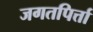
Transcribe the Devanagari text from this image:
जगतपिर्त्ता